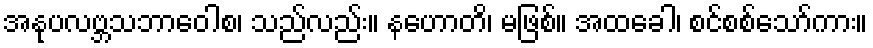
အနုပလဗ္ဘသဘာဝေါစ၊ သည်လည်း။ နဟောတိ၊ မဖြစ်။ အထခေါ၊ စင်စစ်သော်ကား။